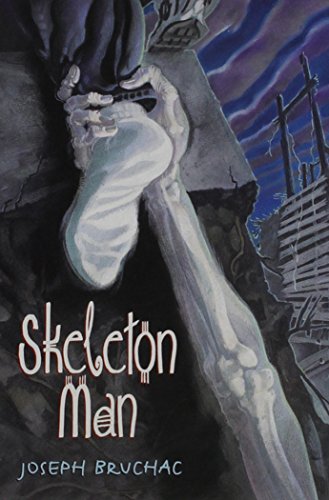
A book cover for Skeleton Man; Joseph Bruchac; Children's Books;